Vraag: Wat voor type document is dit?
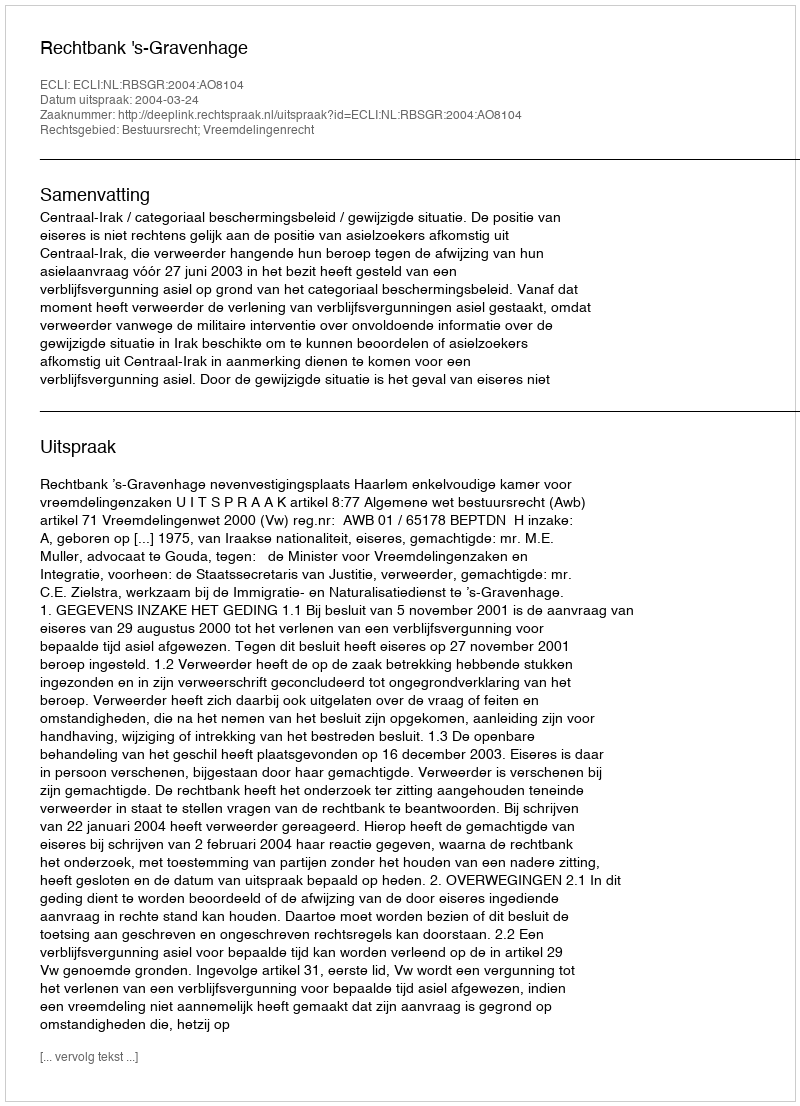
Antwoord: Uitspraak